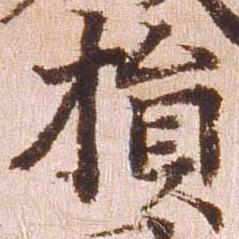
損